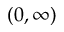
( 0 , \infty )